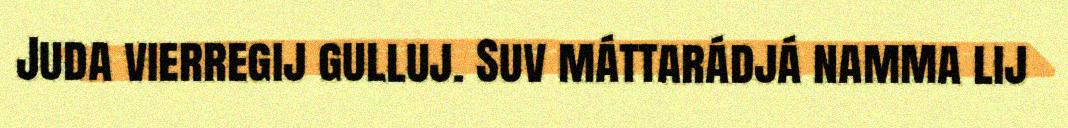
Juda vierregij gulluj. Suv máttarádjá namma lij